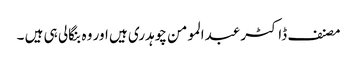
مصنف ڈاکٹر عبدالمومن چوہدری ہیں اور وہ بنگالی ہی ہیں ۔